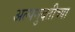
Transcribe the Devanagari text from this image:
अल्पमुदतीच्या